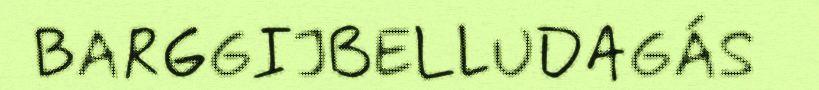
BARGGIJBELLUDAGÁS